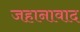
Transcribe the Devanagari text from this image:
जहानावाद